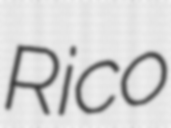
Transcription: Rico